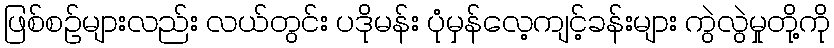
ဖြစ်စဉ်များလည်း လယ်တွင်း ပဒိုမန်း ပုံမှန်လေ့ကျင့်ခန်းများ ကွဲလွဲမှုတို့ကို